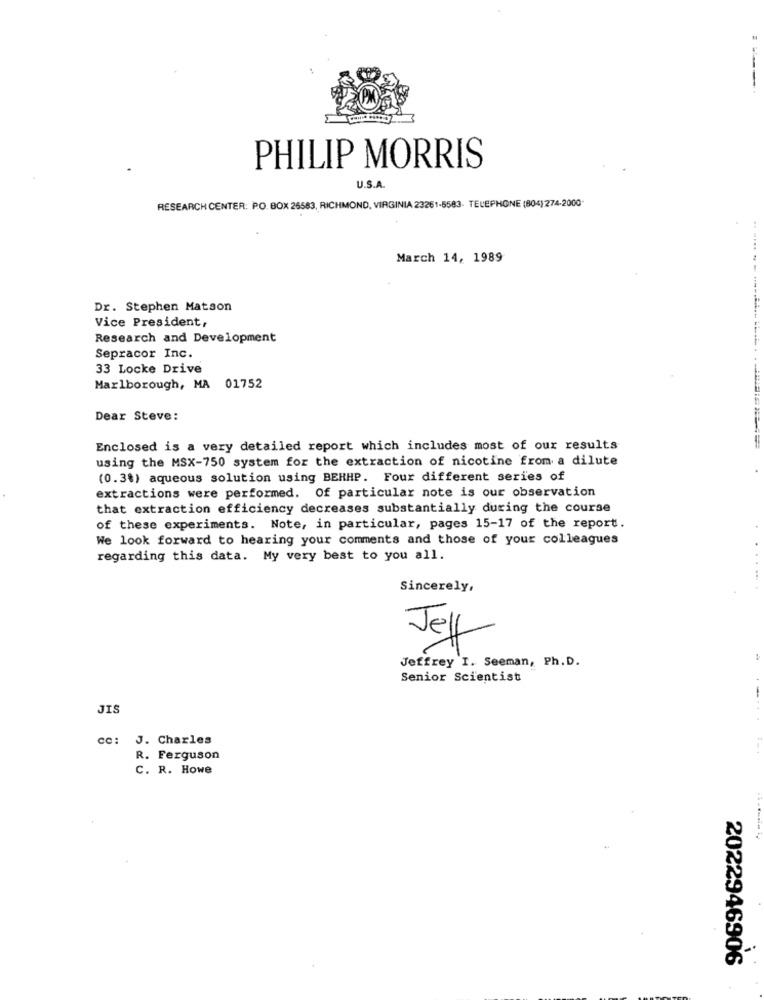
PHILIP MORRIS
U.S.A.
RESEARCH CENTER: PO. BOX 26583, RICHMOND, VIRGINIA 23261-5583- TELEPHONE (804) 274-2000-
March 14, 1989
Dr. Stephen Matson
Vice President,
Research and Development
Sepracor Inc.
33 Locke Drive
Marlborough, MA 01752
Dear Steve:
Enclosed is a very detailed report which includes most of our results
using the MSX-750 system for the extraction of nicotine from a dilute
(0.3%) aqueous solution using BERHP. Four different series of
extractions were performed. Of particular note is our observation
that extraction efficiency decreases substantially during the course
of these experiments. Note, in particular, pages 15-17 of the report.
We look forward to hearing your comments and those of your colleagues
regarding this data. My very best to you all.
Sincerely,
Jeff
Jeffrey I. Seeman, Ph. D.
Senior Scientist
JIS
cc: J. Charles
R. Ferguson
C. R. Howe
2022946906